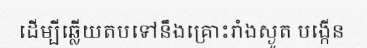
ដើម្បីឆ្លើយតបទៅនឹងគ្រោះរាំងស្ងួត បង្កើន